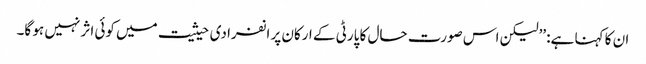
ان کا کہنا ہے: ’’لیکن اس صورت حال کا پارٹی کے ارکان پر انفرادی حیثیت میں کوئی اثر نہیں ہو گا۔